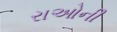
રાઓની